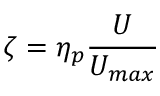
\zeta = \eta _ { p } \frac { U } { U _ { m a x } }